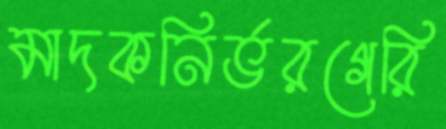
মাদকনির্ভরগেরি